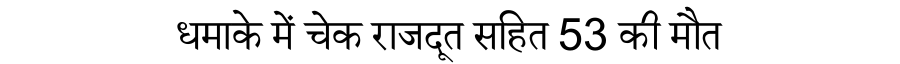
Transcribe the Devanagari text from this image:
धमाके में चेक राजदूत सहित 53 की मौत